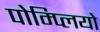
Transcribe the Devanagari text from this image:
पोम्प्लियो